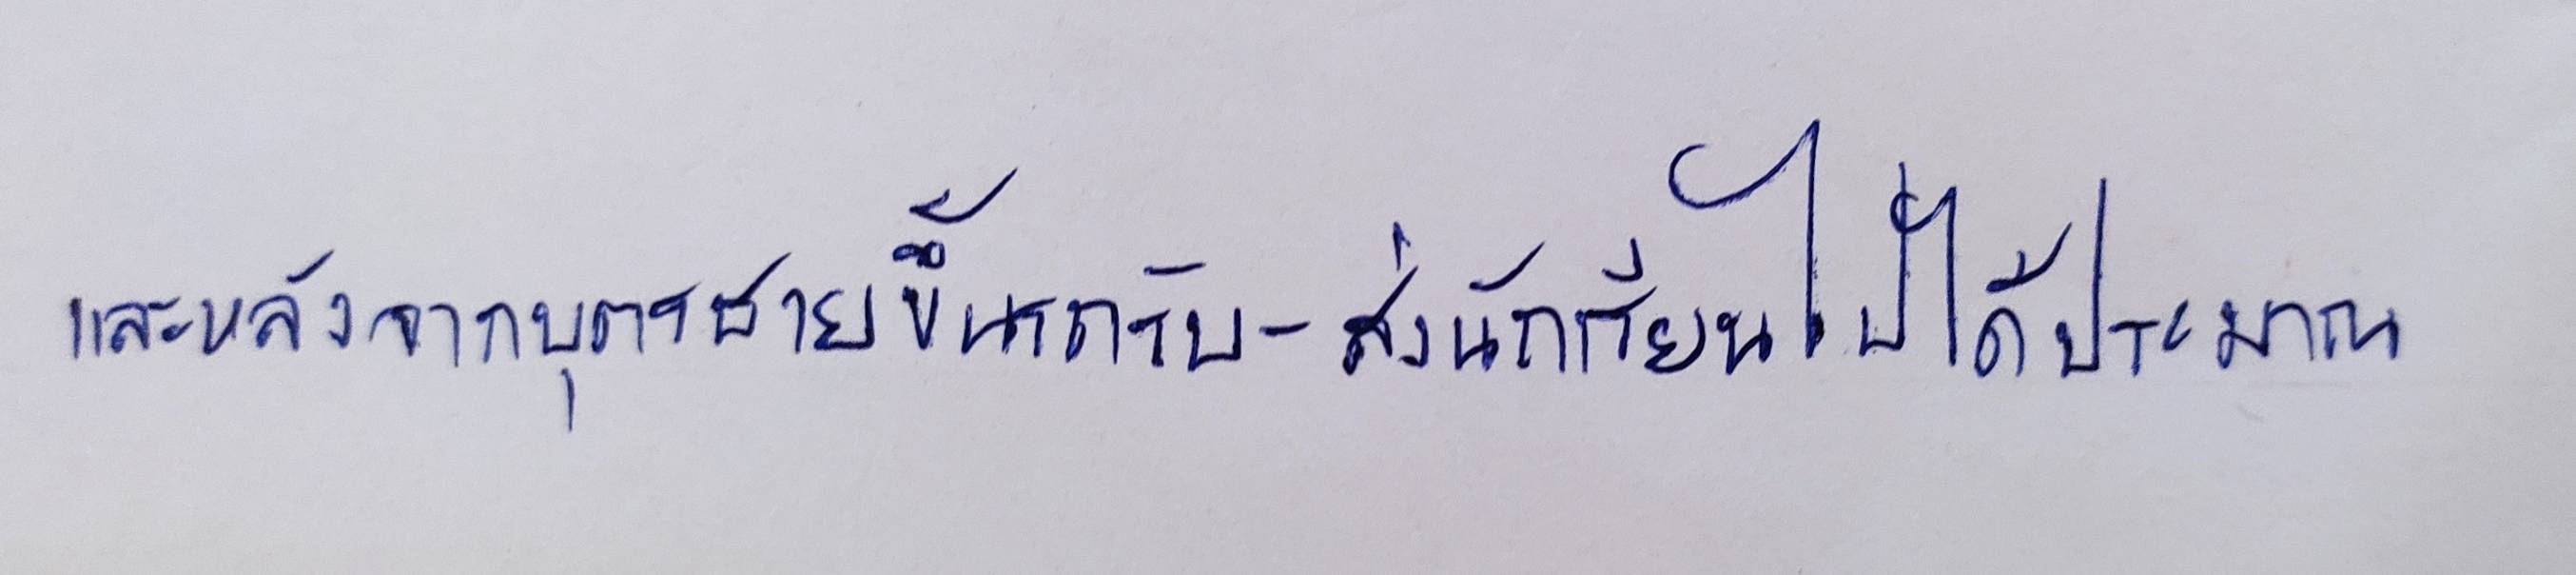
และหลังจากบุตรชายขึ้นรถรับ-ส่งนักเรียนไปได้ประมาณ